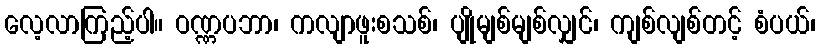
လေ့လာကြည့်ပါ။ ဝဏ္ဏပဘာ၊ ကလျာဖူးစသစ်၊ ပျိုမျစ်မျစ်လျှင်၊ ကျစ်လျစ်တင့် စံပယ်၊